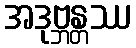
အဒုဗ္ဘန္တဿ